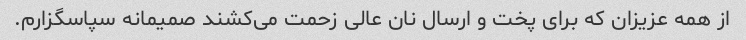
از همه عزیزان که برای پخت و ارسال نان عالی زحمت می‌کشند صمیمانه سپاسگزارم.